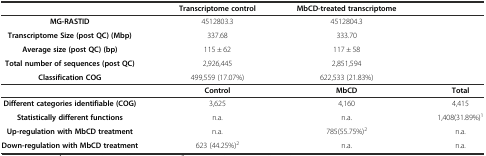
<table><thead><tr><td></td><td><b>Transcriptome control</b></td><td><b>MbCD-treated transcriptome</b></td><td></td></tr></thead><tbody><tr><td><b>MG-RASTID</b></td><td>4512803.3</td><td>4512804.3</td><td></td></tr><tr><td><b>Transcriptome Size (post QC) (Mbp)</b></td><td>337.68</td><td>333.70</td><td></td></tr><tr><td><b>Average size (post QC) (bp)</b></td><td>115 ± 62</td><td>117 ± 58</td><td></td></tr><tr><td><b>Total number of sequences (post QC)</b></td><td>2,926,445</td><td>2,851,594</td><td></td></tr><tr><td><b>Classification COG</b></td><td>499,559 (17.07%)</td><td>622,533 (21.83%)</td><td></td></tr><tr><td></td><td><b>Control</b></td><td><b>MbCD</b></td><td><b>Total</b></td></tr><tr><td><b>Different categories identifiable (COG)</b></td><td>3,625</td><td>4,160</td><td>4,415</td></tr><tr><td><b>Statistically different functions</b></td><td>n.a.</td><td>n.a.</td><td>1,408(31.89%)<sup>1</sup></td></tr><tr><td><b>Up-regulation with MbCD treatment</b></td><td>n.a.</td><td>785(55.75%)<sup>2</sup></td><td>n.a.</td></tr><tr><td><b>Down-regulation with MbCD treatment</b></td><td>623 (44.25%)<sup>2</sup></td><td>n.a.</td><td>n.a.</td></tr></tbody></table>